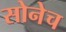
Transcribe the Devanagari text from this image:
सोनेच